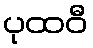
ပုထဝီ